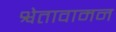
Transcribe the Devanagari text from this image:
श्वेतावामन